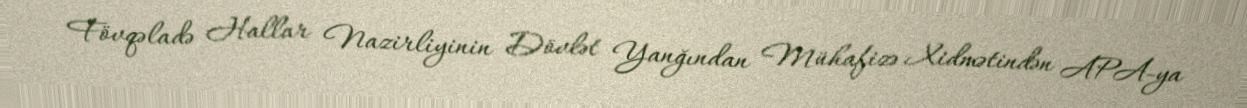
Fövqəladə Hallar Nazirliyinin Dövlət Yanğından Mühafizə Xidmətindən APA-ya